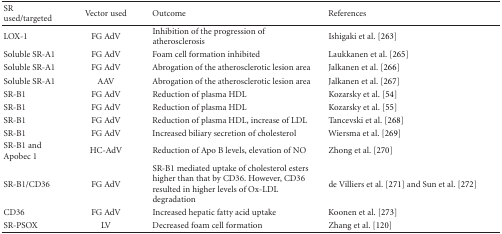
<table><thead><tr><td><b>SR used/targeted</b></td><td><b>Vector used</b></td><td><b>Outcome</b></td><td><b>References</b></td></tr></thead><tbody><tr><td>LOX-1</td><td>FG AdV</td><td>Inhibition of the progression of atherosclerosis</td><td>Ishigaki et al. [263]</td></tr><tr><td>Soluble SR-A1</td><td>FG AdV</td><td>Foam cell formation inhibited</td><td>Laukkanen et al. [265]</td></tr><tr><td>Soluble SR-A1</td><td>FG AdV</td><td>Abrogation of the atherosclerotic lesion area</td><td>Jalkanen et al. [266]</td></tr><tr><td>Soluble SR-A1</td><td>AAV</td><td>Abrogation of the atherosclerotic lesion area</td><td>Jalkanen et al. [267]</td></tr><tr><td>SR-B1</td><td>FG AdV</td><td>Reduction of plasma HDL</td><td>Kozarsky et al. [54]</td></tr><tr><td>SR-B1</td><td>FG AdV</td><td>Reduction of plasma HDL</td><td>Kozarsky et al. [55]</td></tr><tr><td>SR-B1</td><td>FG AdV</td><td>Reduction of plasma HDL, increase of LDL</td><td>Tancevski et al. [268]</td></tr><tr><td>SR-B1</td><td>FG AdV</td><td>Increased biliary secretion of cholesterol</td><td>Wiersma et al. [269]</td></tr><tr><td>SR-B1 and Apobec 1</td><td>HC-AdV</td><td>Reduction of Apo B levels, elevation of NO</td><td>Zhong et al. [270]</td></tr><tr><td>SR-B1/CD36</td><td>FG AdV</td><td>SR-B1 mediated uptake of cholesterol esters higher than that by CD36. However, CD36 resulted in higher levels of Ox-LDL degradation</td><td>de Villiers et al. [271] and Sun et al. [272]</td></tr><tr><td>CD36</td><td>FG AdV</td><td>Increased hepatic fatty acid uptake</td><td>Koonen et al. [273]</td></tr><tr><td>SR-PSOX</td><td>LV</td><td>Decreased foam cell formation</td><td>Zhang et al. [120]</td></tr></tbody></table>